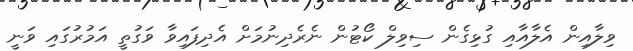
ވިލާއިން އެލާއާއި ގުޅިގެން ސިވިލް ކޯޓުން ނެރެދިނުމަށް އެދިފައިވާ ވަގުތީ އަމުރުގައި ވަނީ